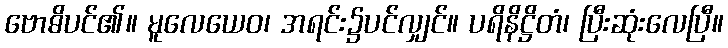
ဗောဓိပင်၏။ မူလေယေဝ၊ အရင်း၌ပင်လျှင်။ ပရိနိဋ္ဌိတံ၊ ပြီးဆုံးလေပြီ။